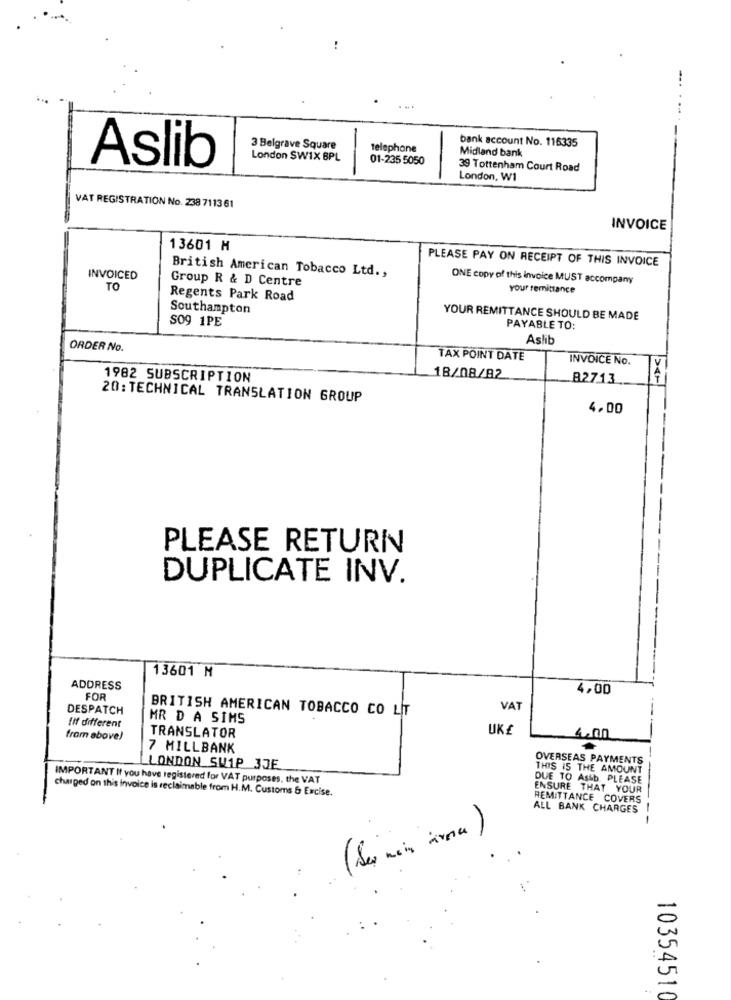
-
bank account No. 116335
3 Belgrave Square
telephone
Midland bank
London SWIX BPL
01-235 5050
Aslib
39 Tottenham Court Road
London, W1
VAT REGISTRATION No. 238 7113 61
INVOICE
13601 M
PLEASE PAY ON RECEIPT OF THIS INVOICE
British American Tobacco Ltd .,
INVOICED
Group R & D Centre
ONE copy of this invoice MUST accompany
TO
your remittance
Regents Park Road
Southampton
YOUR REMITTANCE SHOULD BE MADE
SO9 1PE
PAYABLE TO:
Aslib
ORDER No.
TAX POINT DATE
INVOICE No.
1982 SUBSCRIPTION
18/08/82
82713
20: TECHNICAL TRANSLATION GROUP
4.00
--
PLEASE RETURN
DUPLICATE INV.
13601 M
ADDRESS
4,00
FOR
DESPATCH
BRITISH AMERICAN TOBACCO CO LT
VAT
MR D A SIMS
Ilf different
UK£
from above)
TRANSLATOR
4.00
7 MILLBANK
OVERSEAS PAYMENTS
LLONDON SW1P 3JE
THIS IS THE AMOUNT
IMPORTANT If you have registered for VAT purposes, the VAT
DUE TO Astb. PLEASE
charged on this invoice is reclaimable from H.M. Customs & Excise.
ENSURE THAT YOUR
REMITTANCE COVERS
ALL BANK CHARGES
--
10354510